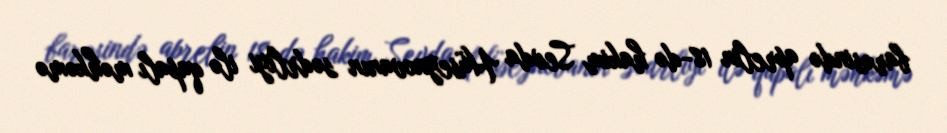
barəsində aprelin 18-də hakim Sevda Hüseynovanın sədrliyi ilə qapalı məhkəmə